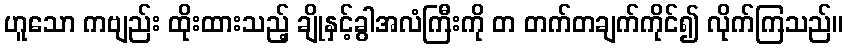
ဟူသော ကဗျည်း ထိုးထားသည့် ချိုနှင့်ခွါအလံကြီးကို တ တက်တချက်ကိုင်၍ လိုက်ကြသည်။